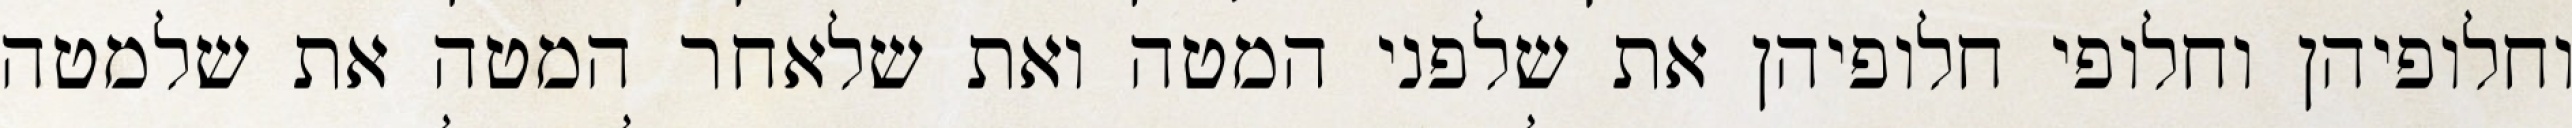
וחלופיהן וחלופי חלופיהן את שלפני המטה ואת שלאחר המטה את שלמטה